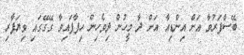
ބޭސްފަރުވާ އަށް އިންޑިއާ އަށް ދާ މީހުން ދިވެހިން ހިފާފައިވާ ގޭގޭގައި ވިޔަފާރި